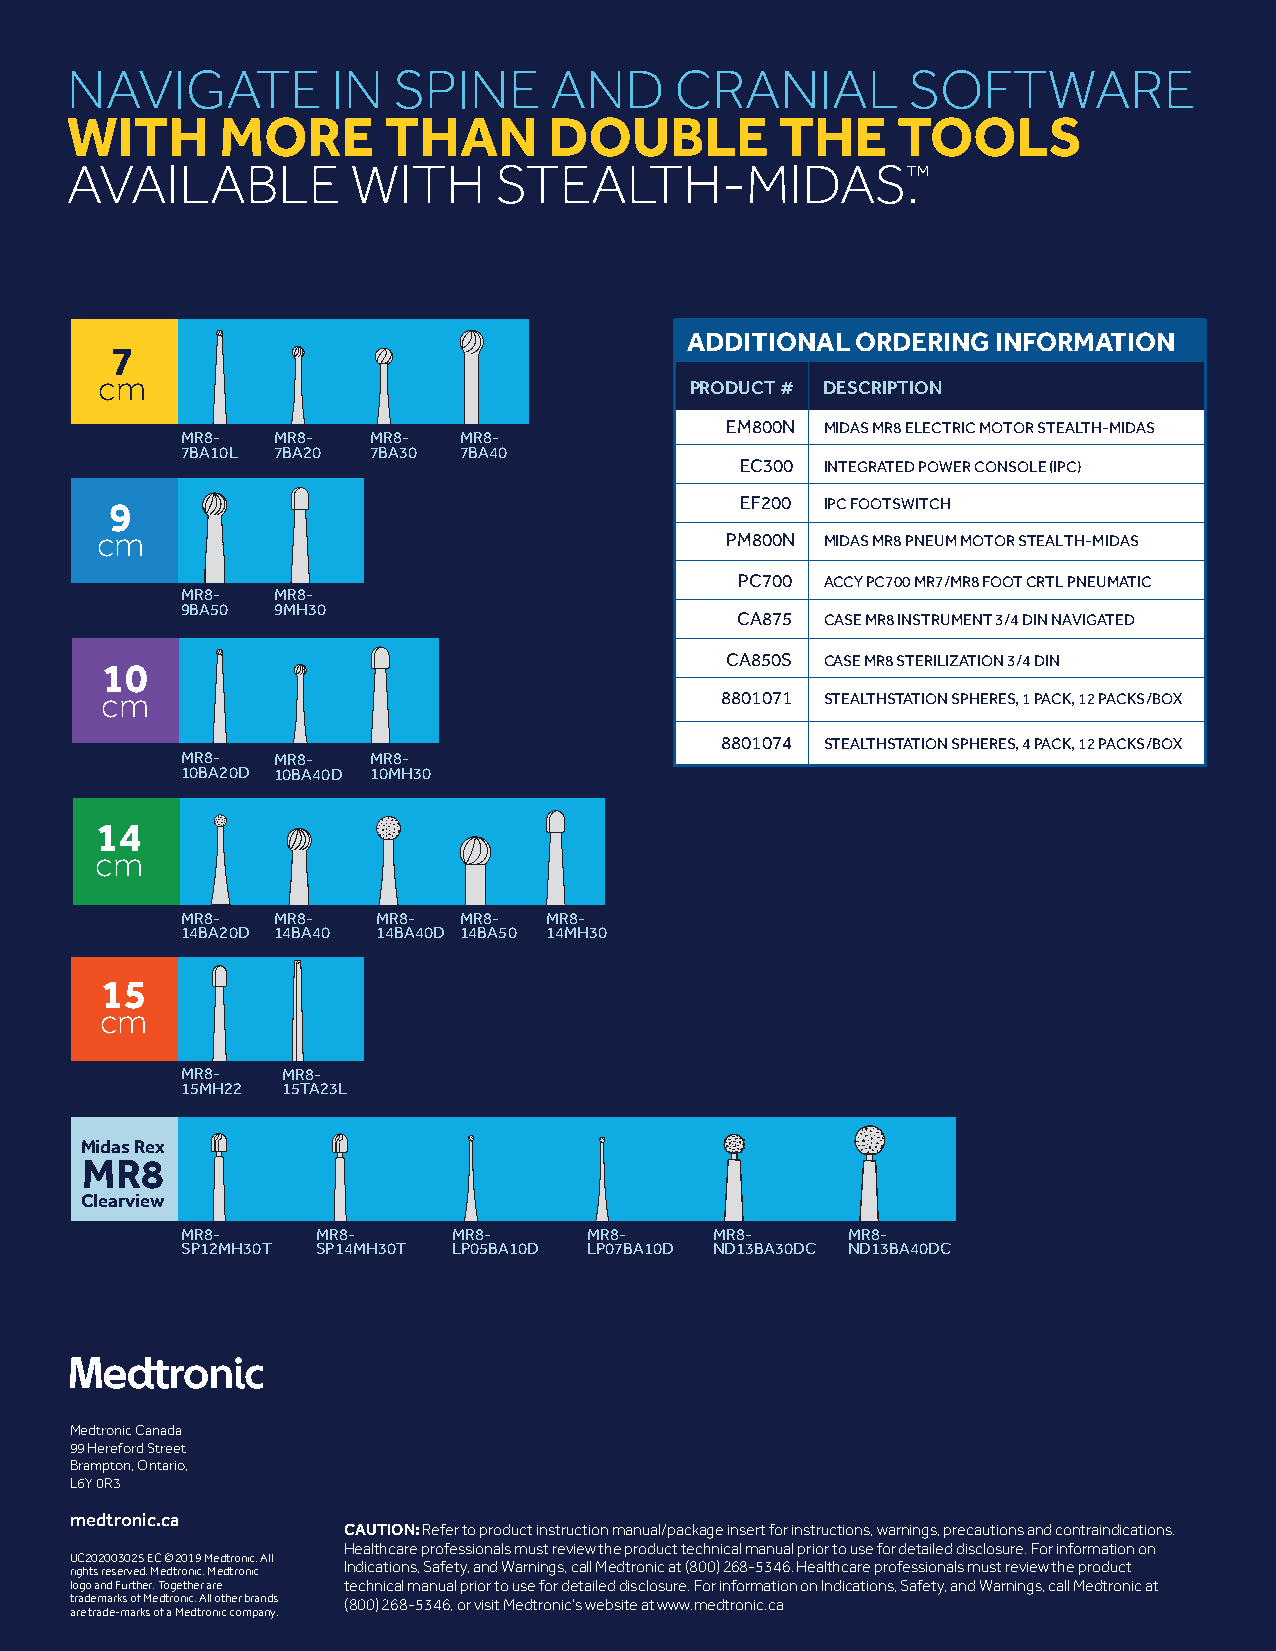
NAVIGATE          IN  SPINE     AND      CRANIAL        SOFTWARE
 WITH       MORE      THAN       DOUBLE          THE    TOOLS
 AVAILABLE          WITH      STEALTH-MIDAS™.
 ADDITIONAL  ORDERING INFORMATION
 7
 cm
 PRODUCT # DESCRIPTION
 EM800N MIDAS MR8 ELECTRIC MOTOR STEALTH-MIDAS
 MR8-  MR8-  MR8-  MR8-
 7BA10L 7BA20 7BA30 7BA40
 EC300 INTEGRATED POWER CONSOLE (IPC)
 9                                         EF200 IPC FOOTSWITCH
 cm                                        PM800N MIDAS MR8 PNEUM MOTOR STEALTH-MIDAS
 PC700 ACCY PC700 MR7/MR8 FOOT CRTL PNEUMATIC
 MR8-  MR8-
 9BA50 9MH30                          Pheno
 CA875 CASE MR8 INSTRUMENT 3/4 DIN NAVIGATED
 CA850S CASE MR8 STERILIZATION 3/4 DIN
 10
 cm                                       8801071 STEALTHSTATION SPHERES, 1 PACK, 12 PACKS/BOX
 8801074 STEALTHSTATION SPHERES, 4 PACK, 12 PACKS/BOX
 MR8-  MR8-  MR8-
 10BA20D 10BA40D 10MH30
 14
 cm
 MR8-  MR8-   MR8- MR8-  MR8-
 14BA20D 14BA40 14BA40D 14BA50 14MH30
 15
 cm
 ADVANCING
 MR8-   MR8-
 15MH22 15TA23L                                                               SURGICAL
 Midas Rex
 POSSIBILITIES.
 MR8
 Clearview
 MR8-     MR8-     MR8-     MR8-    MR8-     MR8-
 SP12MH30T SP14MH30T LP05BA10D LP07BA10D ND13BA30DC ND13BA40DC
 Midas     Rex™     MR8™
 Stealth-Midas™           MR8™
 Medtronic Canada
 99 Hereford Street
 Brampton, Ontario,
 L6Y 0R3
 medtronic.ca
 CAUTION: Refer to product instruction manual/package insert for instructions, warnings, precautions and contraindications.
 Healthcare professionals must review the product technical manual prior to use for detailed disclosure. For information on
 UC202003025 EC © 2019 Medtronic. All
 rights reserved. Medtronic, Medtronic Indications, Safety, and Warnings, call Medtronic at (800) 268-5346. Healthcare professionals must review the product
 logo and Further, Together are technical manual prior to use for detailed disclosure. For information on Indications, Safety, and Warnings, call Medtronic at
 trademarks of Medtronic. All other brands (800) 268-5346, or visit Medtronic’s website at www.medtronic.ca
 are trade-marks of a Medtronic company.